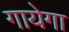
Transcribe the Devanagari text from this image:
गायेगा